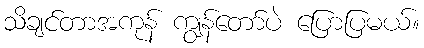
သိချင်တာအကုန် ကျွန်တော်ပဲ ပြောပြမယ်။